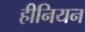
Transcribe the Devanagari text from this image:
हीनियन